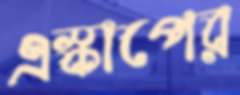
এস্কাপের